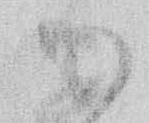
御